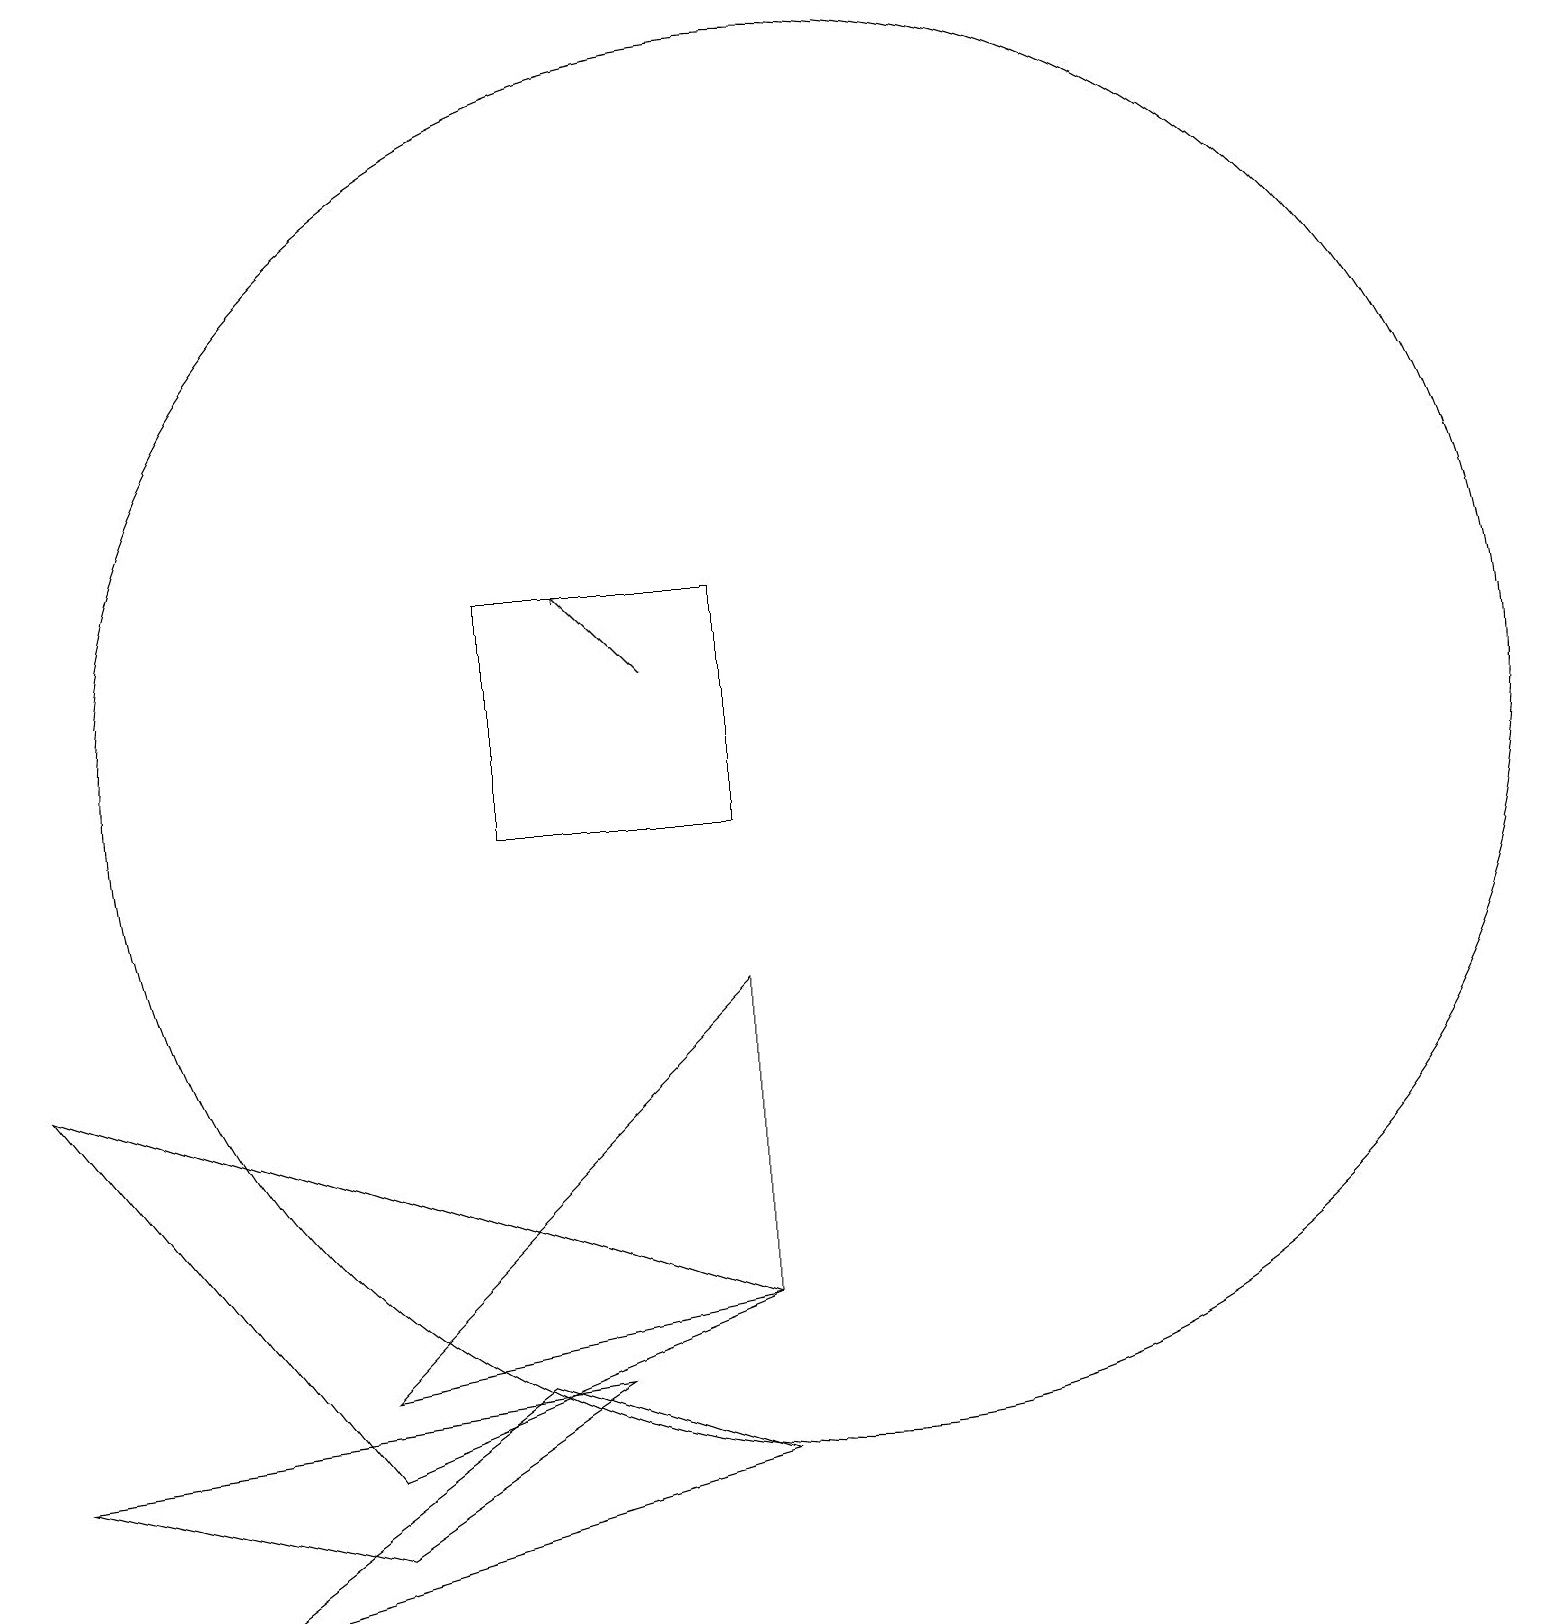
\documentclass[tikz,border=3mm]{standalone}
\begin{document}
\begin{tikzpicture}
\draw (6,3) -- (2,0) -- (9,2) -- cycle;
\draw (10,11) circle (9);
\draw (9,8) -- (9,4) -- (4,3) -- cycle;
\draw (4,1) -- (7,3) -- (0,2) -- cycle;
\draw (6,13) rectangle (9,10);
\draw[->] (8,12) -- (7,13);
\draw (9,4) -- (0,7) -- (4,2) -- cycle;
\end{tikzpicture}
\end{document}